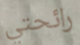
رائحتي